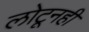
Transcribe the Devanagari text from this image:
लोटूनही